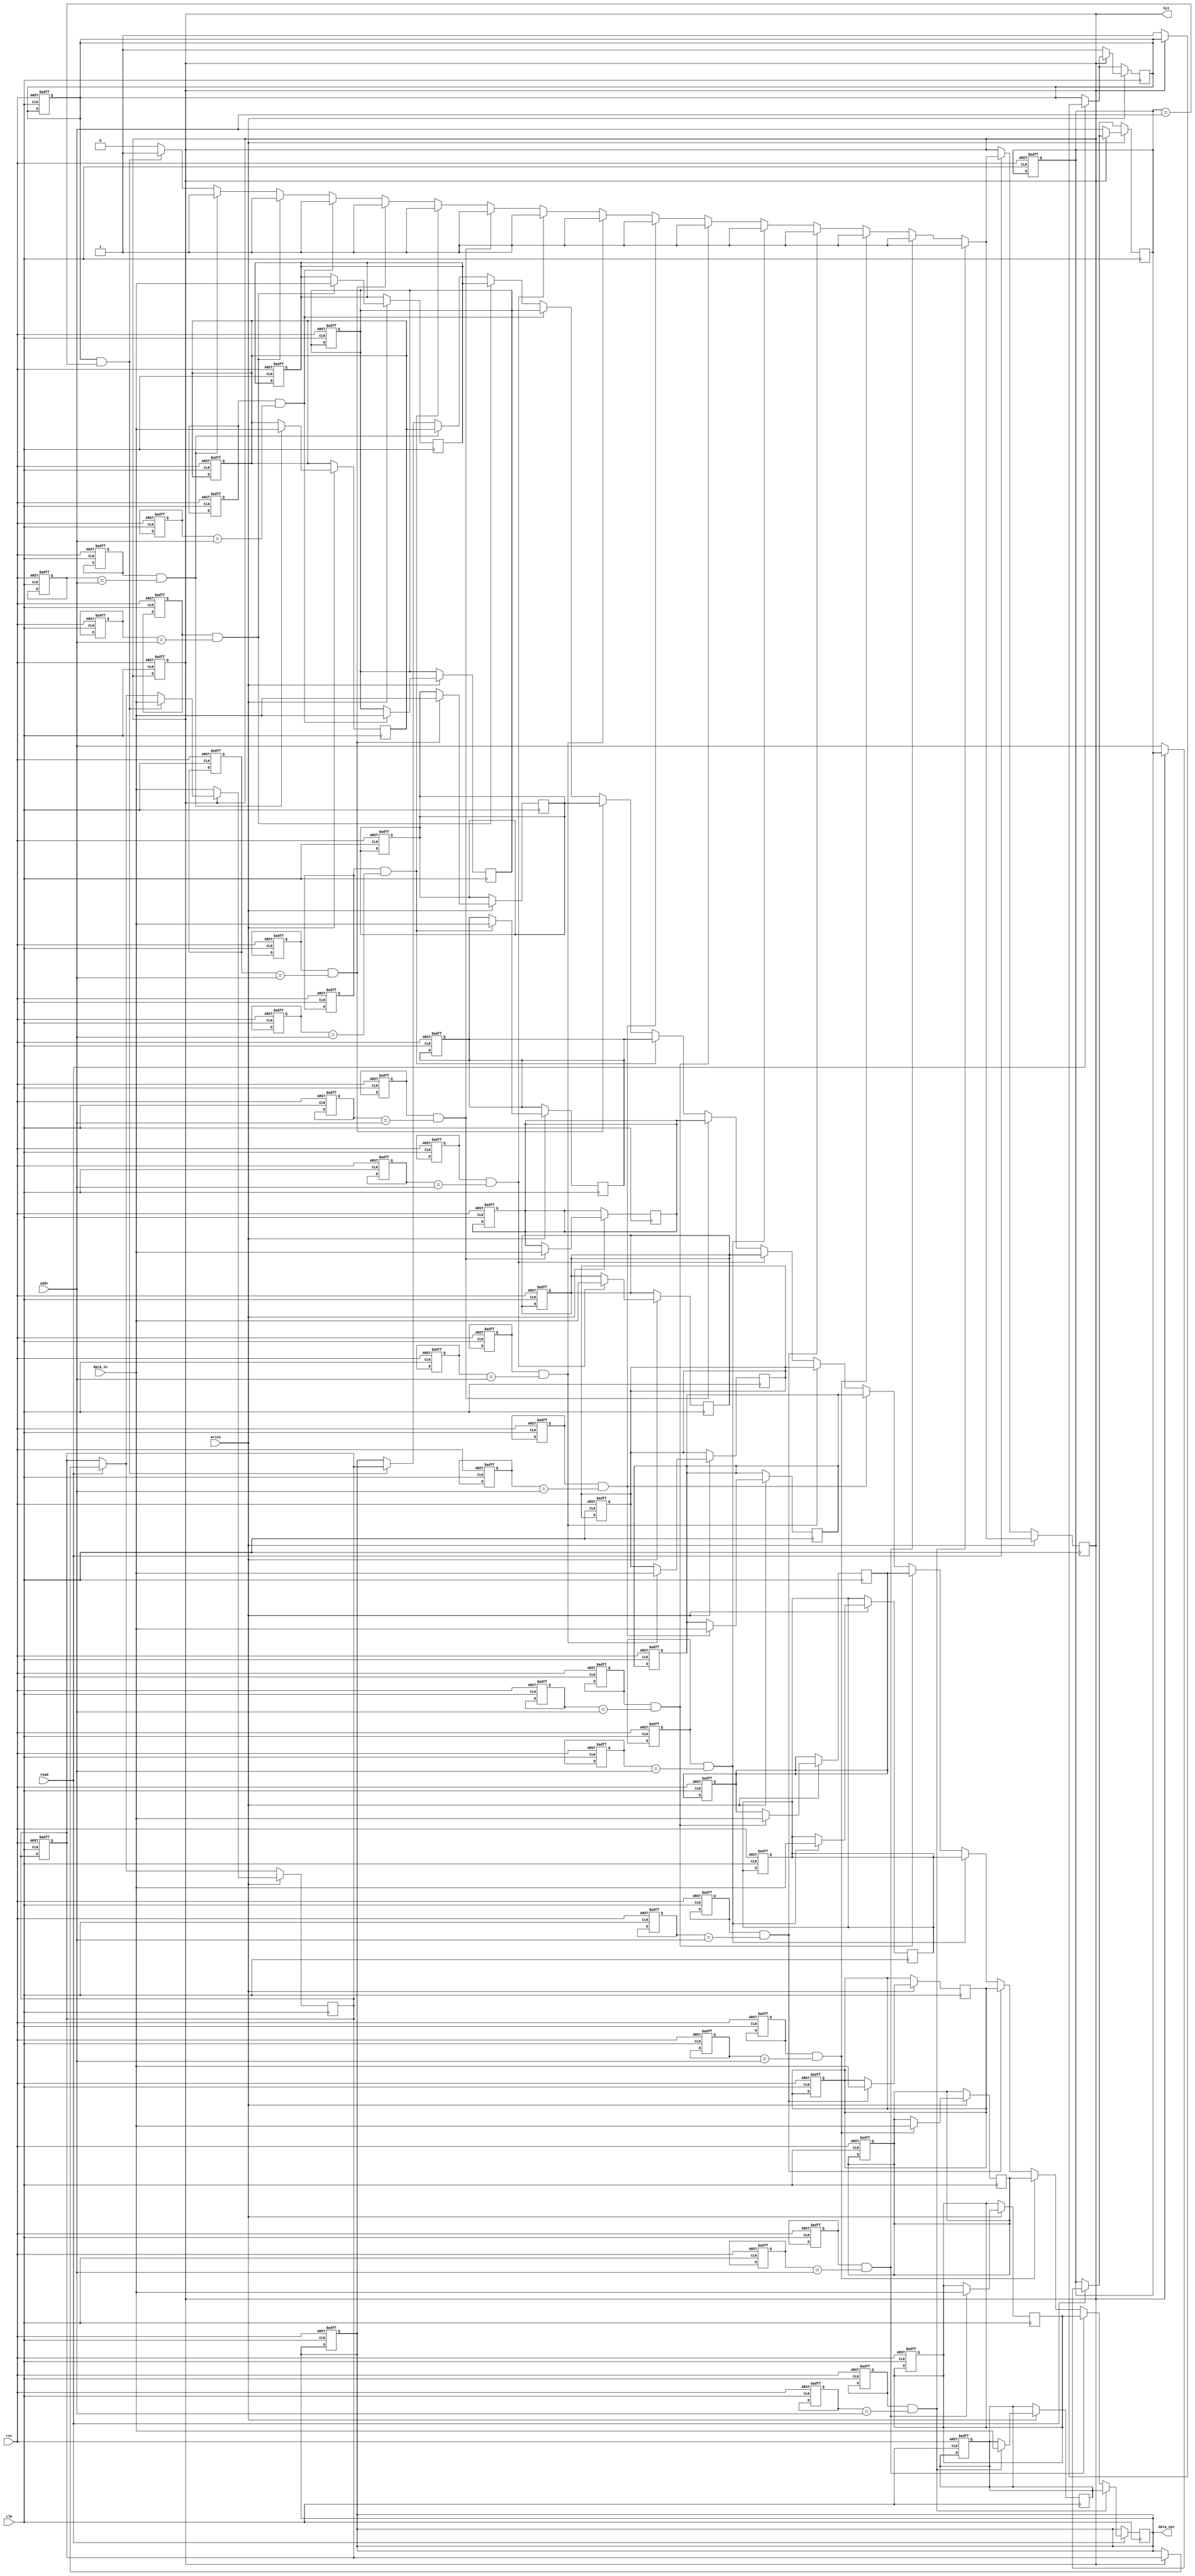
module NonVolatileCache #(
    parameter ADDR_WIDTH = 8,  // Address width
    parameter DATA_WIDTH = 32,  // Data width
    parameter CACHE_SIZE = 16    // Number of cache lines
) (
    input wire clk,
    input wire rst,
    input wire [ADDR_WIDTH-1:0] addr,    // Address input
    input wire [DATA_WIDTH-1:0] data_in,  // Data input
    input wire read,                      // Read control signal
    input wire write,                     // Write control signal
    output reg [DATA_WIDTH-1:0] data_out, // Data output
    output reg hit                        // Cache hit signal
);

    // Cache line structure
    reg valid [0:CACHE_SIZE-1];            // Valid bits for each line
    reg [ADDR_WIDTH-1:0] tag [0:CACHE_SIZE-1]; // Tag field for each line
    reg [DATA_WIDTH-1:0] data [0:CACHE_SIZE-1]; // Data field for each line
    reg dirty [0:CACHE_SIZE-1];            // Dirty bits for each line

    integer i;

    // Cache initialization
    always @(posedge clk or posedge rst) begin
        if (rst) begin
            for (i = 0; i < CACHE_SIZE; i = i + 1) begin
                valid[i] <= 0;
                tag[i] <= 0;
                data[i] <= 0;
                dirty[i] <= 0;
            end
            data_out <= 0;
            hit <= 0;
        end
    end

    // Cache operations
    always @(posedge clk) begin
        if (read) begin
            hit <= 0;
            for (i = 0; i < CACHE_SIZE; i = i + 1) begin
                if (valid[i] && (tag[i] == addr)) begin
                    data_out <= data[i]; // Cache hit
                    hit <= 1;
                end
            end
            // Handle cache miss (fetch from main memory)
            if (!hit) begin
                // Fetch data from main memory (not implemented)
                // Assume data fetched is stored in data_out
                // Update cache line (simple replacement policy)
                data[0] <= data_out; // Replace line 0 (for simplicity)
                tag[0] <= addr;
                valid[0] <= 1;
                dirty[0] <= 0; // Not dirty on initial load
            end
        end

        if (write) begin
            hit <= 0;
            for (i = 0; i < CACHE_SIZE; i = i + 1) begin
                if (valid[i] && (tag[i] == addr)) begin
                    data[i] <= data_in; // Cache hit
                    dirty[i] <= 1; // Mark as dirty
                    hit <= 1;
                end
            end
            // Handle cache miss (fetch from main memory)
            if (!hit) begin
                // Fetch data from main memory (not implemented)
                // Update cache line (simple replacement policy)
                data[0] <= data_in; // Replace line 0 (for simplicity)
                tag[0] <= addr;
                valid[0] <= 1;
                dirty[0] <= 1; // Mark as dirty
            end
        end
    end

endmodule